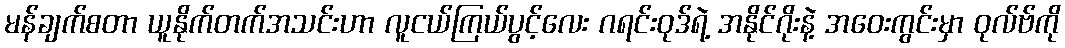
မန်ချက်စတာ ယူနိုက်တက်အသင်းဟာ လူငယ်ကြယ်ပွင့်လေး ဂရင်းဝုဒ်ရဲ့ အနိုင်ဂိုးနဲ့ အဝေးကွင်းမှာ ဝုလ်ဗ်ကို